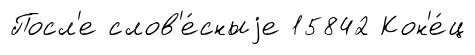
Посл'е слов'е́сныjе 15842 Кон'е́ц